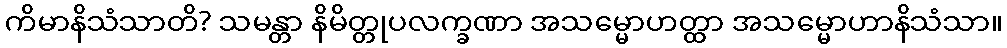
ကိမာနိသံသာတိ? သမန္တာ နိမိတ္တုပလက္ခဏာ အသမ္မောဟတ္ထာ အသမ္မောဟာနိသံသာ။